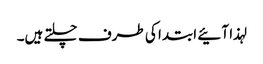
لہذا آئیے ابتدا کی طرف چلتے ہیں۔